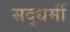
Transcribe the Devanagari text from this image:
सद्धर्मी